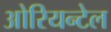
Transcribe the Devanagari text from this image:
ओरियन्टेल